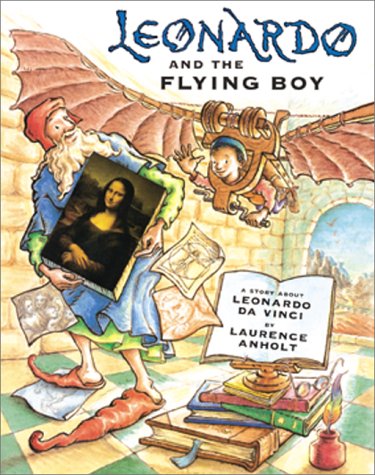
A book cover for Leonardo and the Flying Boy; Laurence Anholt; Children's Books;